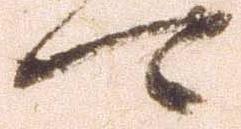
可